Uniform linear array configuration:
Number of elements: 16
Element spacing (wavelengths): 1
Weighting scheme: blackman
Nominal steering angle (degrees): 60
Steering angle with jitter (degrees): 58.582
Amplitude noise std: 0.05
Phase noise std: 0.05

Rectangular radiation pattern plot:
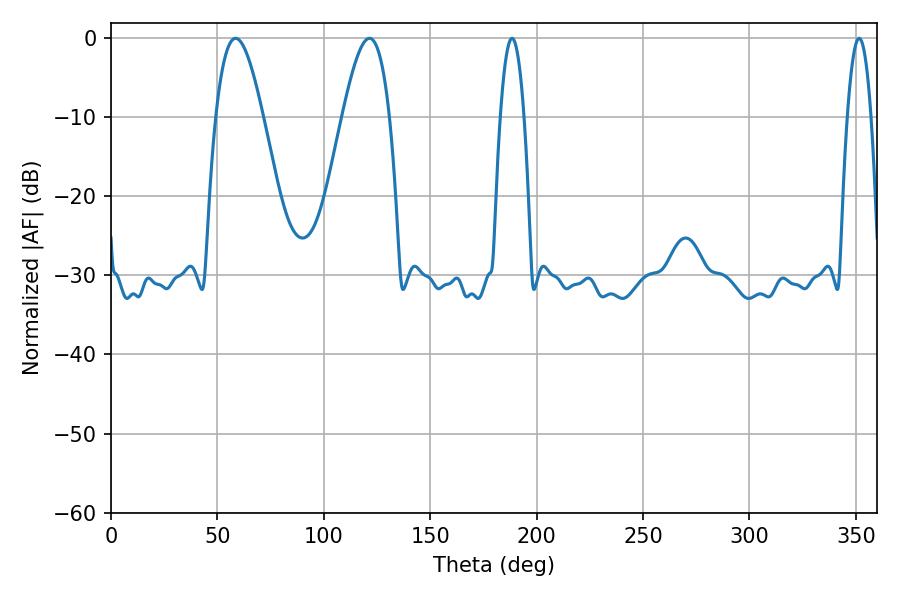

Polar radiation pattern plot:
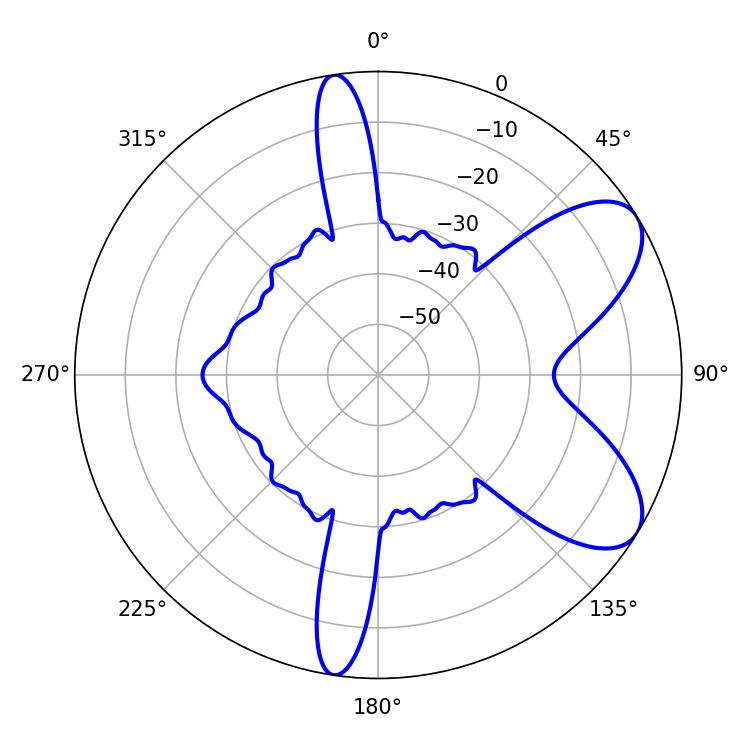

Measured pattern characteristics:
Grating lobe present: TRUE
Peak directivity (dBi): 7.47
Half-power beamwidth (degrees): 6.12
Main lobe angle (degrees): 188.46